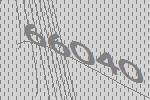
66040